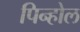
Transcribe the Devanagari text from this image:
पिन्होल